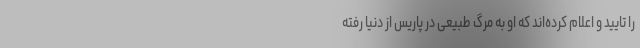
را تایید و اعلام کرده‌اند که او به مرگ طبیعی در پاریس از دنیا رفته‌